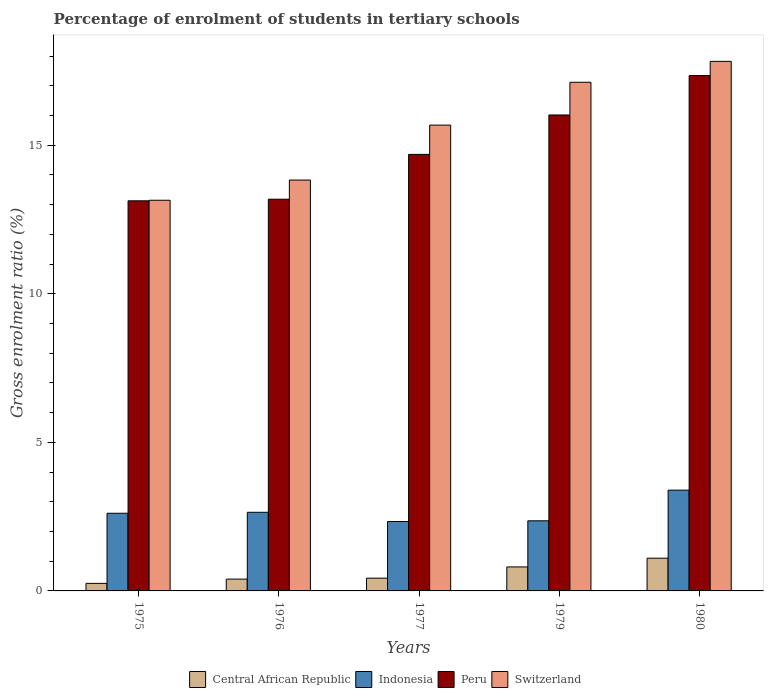
| Years | Central African Republic | Indonesia | Peru | Switzerland |
 | --- | --- | --- | --- | --- |
 | 1975 | 0.254 | 2.61 | 13.1 | 13.1 |
 | 1976 | 0.398 | 2.65 | 13.2 | 13.8 |
 | 1977 | 0.43 | 2.34 | 14.7 | 15.7 |
 | 1979 | 0.808 | 2.36 | 16 | 17.1 |
 | 1980 | 1.1 | 3.39 | 17.3 | 17.8 |